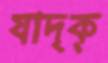
যাদৃক্‌